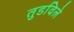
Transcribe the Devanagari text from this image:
तुडविले